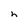
Character: h